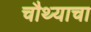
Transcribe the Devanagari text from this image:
चौथ्याचा